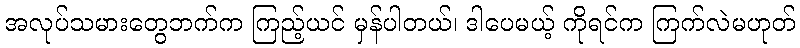
အလုပ်သမားတွေဘက်က ကြည့်ယင် မှန်ပါတယ်၊ ဒါပေမယ့် ကိုရင်က ကြက်လဲမဟုတ်